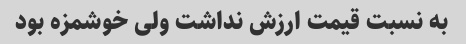
به نسبت قیمت ارزش نداشت ولی خوشمزه بود